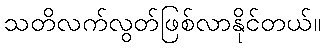
သတိလက်လွတ်ဖြစ်လာနိုင်တယ်။